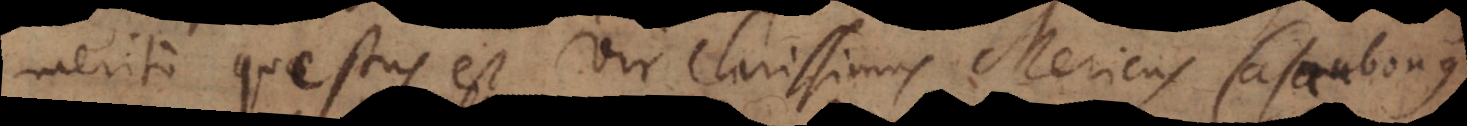
merito questus est Vir Clarissimus Mericus Casaubonus